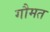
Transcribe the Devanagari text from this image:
गौमत